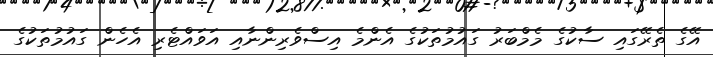
އޭގެ ތެރޭގައި ސާކުގެ މެމްބަރު ގައުމުތަކުގެ އެންމެ އިސްވެރިންނާއި އަވައްޓެރި އެހެން ގައުމުތަކުގެ